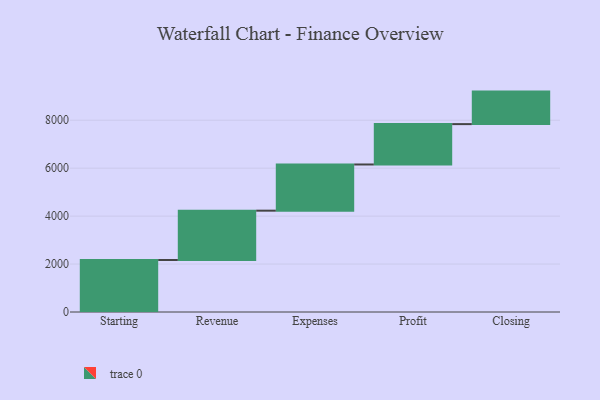
{"axis": {"x": "Step", "y": "Value"}, "legend": [""], "data": [{"x": "Starting", "y": 2169.0, "type": ""}, {"x": "Revenue", "y": 2058.0, "type": ""}, {"x": "Expenses", "y": 1927.0, "type": ""}, {"x": "Profit", "y": 1684.0, "type": ""}, {"x": "Closing", "y": 1356.0, "type": ""}]}